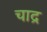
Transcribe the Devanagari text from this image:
चाद्र